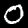
Digit: 0